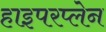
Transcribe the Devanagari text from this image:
हाइपरप्लेन